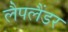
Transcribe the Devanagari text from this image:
लैपलैंडर